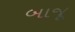
બાજૂ